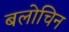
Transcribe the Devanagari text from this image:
बलोचिन